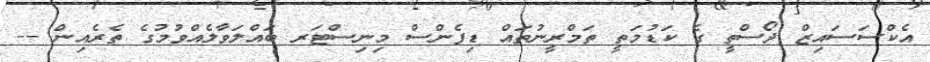
އެކްސަސައިޒް ދޯސްތީ ގެ ކަޑުމަތީ ތަމްރީނުތައް ޑިފެންސް މިނިސްޓަރ ބައްލަވާލެއްވުމުގެ ތެރެއިން --